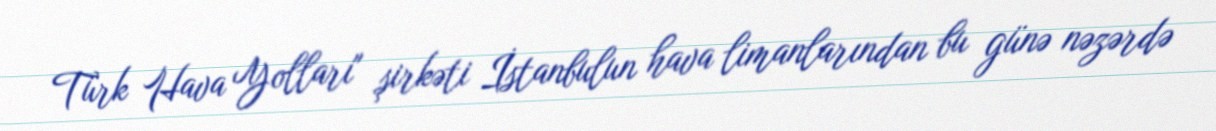
Türk Hava Yolları" şirkəti İstanbulun hava limanlarından bu günə nəzərdə